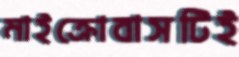
মাইক্রোবাসটিই